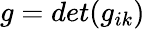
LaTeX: g=det(g_{ik})